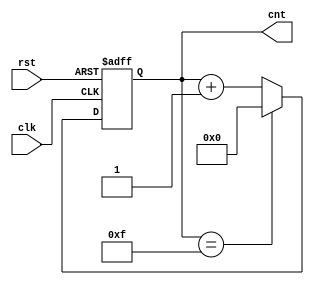
module ModulusCounter #(
    parameter N = 16  // Default modulus value (set to 16, can be changed as needed)
)(
    input wire clk,           // Clock input
    input wire rst,           // Asynchronous reset (active high)
    output reg [$clog2(N)-1:0] cnt // Count output, width determined by modulus N
);

    // Always block triggered on the rising edge of clk or reset
    always @(posedge clk or posedge rst) begin
        if (rst) begin
            cnt <= 0; // Reset the counter to 0
        end else begin
            if (cnt == N-1) begin
                cnt <= 0; // Wrap around if count reaches N
            end else begin
                cnt <= cnt + 1; // Increment the count
            end
        end
    end

endmodule